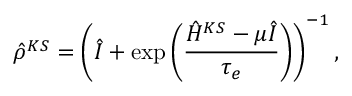
\hat { \rho } ^ { K S } = \left( \hat { I } + \exp \left( \frac { \hat { H } ^ { K S } - \mu \hat { I } } { \tau _ { e } } \right) \right) ^ { - 1 } ,